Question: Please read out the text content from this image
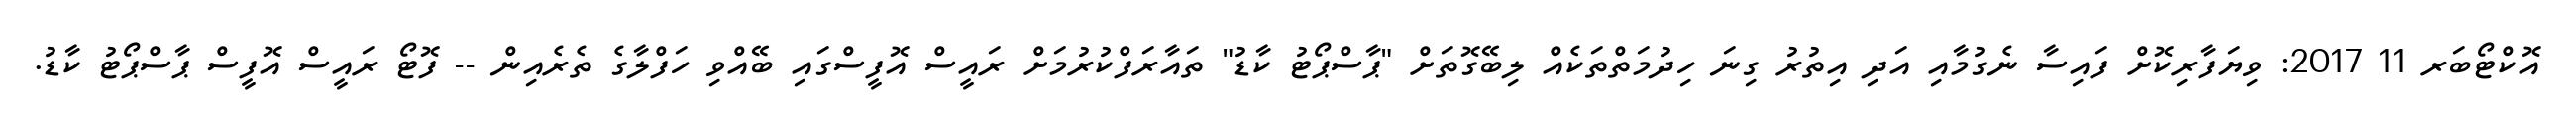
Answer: އޮކްޓޯބަރ 11 2017: ވިޔަފާރިކޮށް ފައިސާ ނެގުމާއި އަދި އިތުރު ގިނަ ހިދުމަތްތަކެއް ލިބޭގޮތަށް "ޕާސްޕޯޓު ކާޑު" ތައާރަފްކުރުމަށް ރައީސް އޮފީސްގައި ބޭއްވި ހަފްލާގެ ތެރެއިން -- ފޮޓޯ ރައީސް އޮފީސް ޕާސްޕޯޓު ކާޑު.